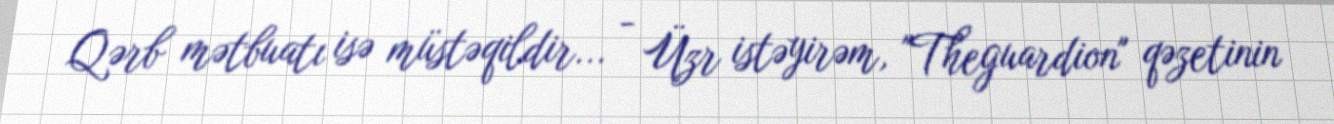
Qərb mətbuatı isə müstəqildir... - Üzr istəyirəm, "Theguardion" qəzetinin